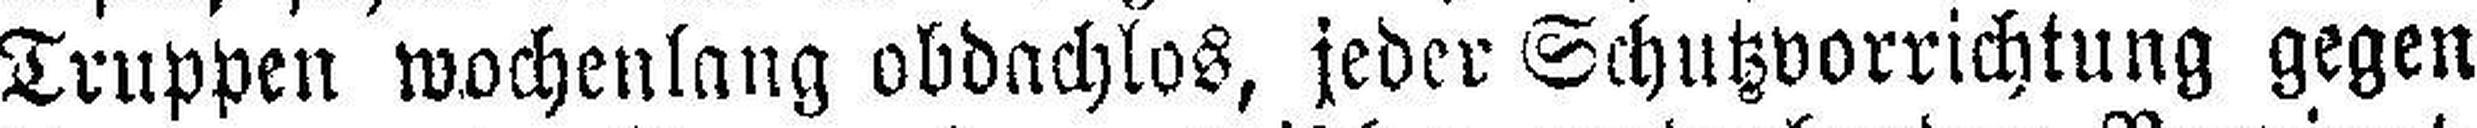
Truppen wochenlang obdachlos, jeder Schutzvorrichtung gegen